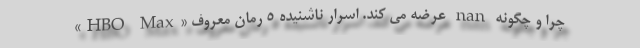
«HBO Max» عرضه می کند. اسرار ناشنیده ۵ رمان معروف nan چرا و چگونه